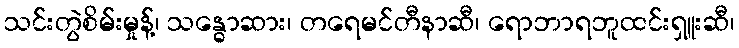
သင်းတွဲစိမ်းမှုန့်၊ သန္ဓောဆား၊ တရေမင်တီနာဆီ၊ ရောဘာရဘူထင်းရှူးဆီ၊